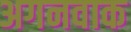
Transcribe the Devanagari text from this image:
अगनवाक